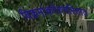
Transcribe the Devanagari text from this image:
विक्रमांकदेवचरितात